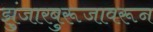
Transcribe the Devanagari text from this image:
झुंजारबुरूजावरून